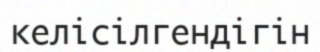
келісілгендігін